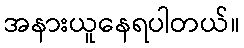
အနားယူနေရပါတယ်။